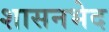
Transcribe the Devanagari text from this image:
शासनभेद